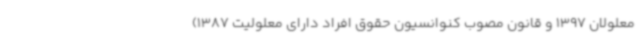
معلولان 1397 و قانون مصوب کنوانسیون حقوق افراد دارای معلولیت 1387)